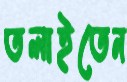
তলাইতেন